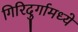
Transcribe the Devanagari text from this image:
गिरिदुर्गामध्ये